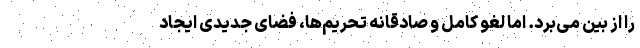
را از بین می‌برد. اما لغو کامل و صادقانه تحریم‌ها، فضای جدیدی ایجاد